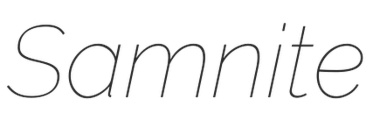
Samnite